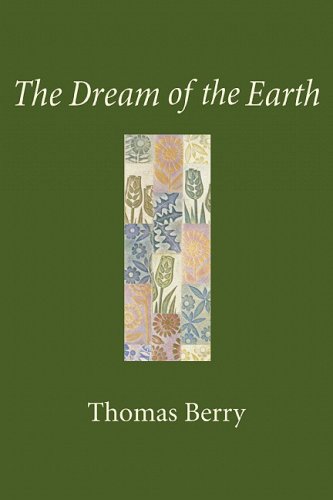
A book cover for The Dream of the Earth; Thomas Berry; Cookbooks, Food & Wine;